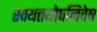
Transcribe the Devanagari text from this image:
स्वयत्तयोपनिवेष